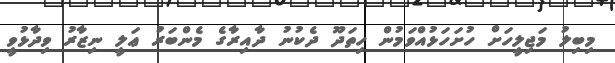
މިބިލު މަޖިލީހަށް ހުށަހަޅުއްވަމުން ހިތަދޫ ދެކުނު ދާއިރާގެ މެންބަރު ޢަލީ ނިޒާރު ވިދާޅުވީ